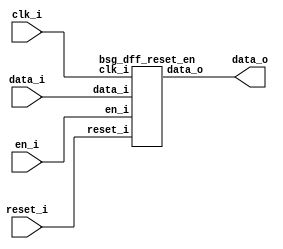


module top
(
  clk_i,
  reset_i,
  en_i,
  data_i,
  data_o
);

  input [15:0] data_i;
  output [15:0] data_o;
  input clk_i;
  input reset_i;
  input en_i;

  bsg_dff_reset_en
  wrapper
  (
    .data_i(data_i),
    .data_o(data_o),
    .clk_i(clk_i),
    .reset_i(reset_i),
    .en_i(en_i)
  );


endmodule



module bsg_dff_reset_en
(
  clk_i,
  reset_i,
  en_i,
  data_i,
  data_o
);

  input [15:0] data_i;
  output [15:0] data_o;
  input clk_i;
  input reset_i;
  input en_i;
  wire [15:0] data_o;
  wire N0,N1,N2;
  reg data_o_15_sv2v_reg,data_o_14_sv2v_reg,data_o_13_sv2v_reg,data_o_12_sv2v_reg,
  data_o_11_sv2v_reg,data_o_10_sv2v_reg,data_o_9_sv2v_reg,data_o_8_sv2v_reg,
  data_o_7_sv2v_reg,data_o_6_sv2v_reg,data_o_5_sv2v_reg,data_o_4_sv2v_reg,data_o_3_sv2v_reg,
  data_o_2_sv2v_reg,data_o_1_sv2v_reg,data_o_0_sv2v_reg;
  assign data_o[15] = data_o_15_sv2v_reg;
  assign data_o[14] = data_o_14_sv2v_reg;
  assign data_o[13] = data_o_13_sv2v_reg;
  assign data_o[12] = data_o_12_sv2v_reg;
  assign data_o[11] = data_o_11_sv2v_reg;
  assign data_o[10] = data_o_10_sv2v_reg;
  assign data_o[9] = data_o_9_sv2v_reg;
  assign data_o[8] = data_o_8_sv2v_reg;
  assign data_o[7] = data_o_7_sv2v_reg;
  assign data_o[6] = data_o_6_sv2v_reg;
  assign data_o[5] = data_o_5_sv2v_reg;
  assign data_o[4] = data_o_4_sv2v_reg;
  assign data_o[3] = data_o_3_sv2v_reg;
  assign data_o[2] = data_o_2_sv2v_reg;
  assign data_o[1] = data_o_1_sv2v_reg;
  assign data_o[0] = data_o_0_sv2v_reg;
  assign N2 = (N0)? 1'b1 : 
              (N1)? 1'b0 : 1'b0;
  assign N0 = en_i;
  assign N1 = ~en_i;

  always @(posedge clk_i) begin
    if(reset_i) begin
      data_o_15_sv2v_reg <= 1'b0;
      data_o_14_sv2v_reg <= 1'b0;
      data_o_13_sv2v_reg <= 1'b0;
      data_o_12_sv2v_reg <= 1'b0;
      data_o_11_sv2v_reg <= 1'b0;
      data_o_10_sv2v_reg <= 1'b0;
      data_o_9_sv2v_reg <= 1'b0;
      data_o_8_sv2v_reg <= 1'b0;
      data_o_7_sv2v_reg <= 1'b0;
      data_o_6_sv2v_reg <= 1'b0;
      data_o_5_sv2v_reg <= 1'b0;
      data_o_4_sv2v_reg <= 1'b0;
      data_o_3_sv2v_reg <= 1'b0;
      data_o_2_sv2v_reg <= 1'b0;
      data_o_1_sv2v_reg <= 1'b0;
      data_o_0_sv2v_reg <= 1'b0;
    end else if(N2) begin
      data_o_15_sv2v_reg <= data_i[15];
      data_o_14_sv2v_reg <= data_i[14];
      data_o_13_sv2v_reg <= data_i[13];
      data_o_12_sv2v_reg <= data_i[12];
      data_o_11_sv2v_reg <= data_i[11];
      data_o_10_sv2v_reg <= data_i[10];
      data_o_9_sv2v_reg <= data_i[9];
      data_o_8_sv2v_reg <= data_i[8];
      data_o_7_sv2v_reg <= data_i[7];
      data_o_6_sv2v_reg <= data_i[6];
      data_o_5_sv2v_reg <= data_i[5];
      data_o_4_sv2v_reg <= data_i[4];
      data_o_3_sv2v_reg <= data_i[3];
      data_o_2_sv2v_reg <= data_i[2];
      data_o_1_sv2v_reg <= data_i[1];
      data_o_0_sv2v_reg <= data_i[0];
    end 
  end


endmodule